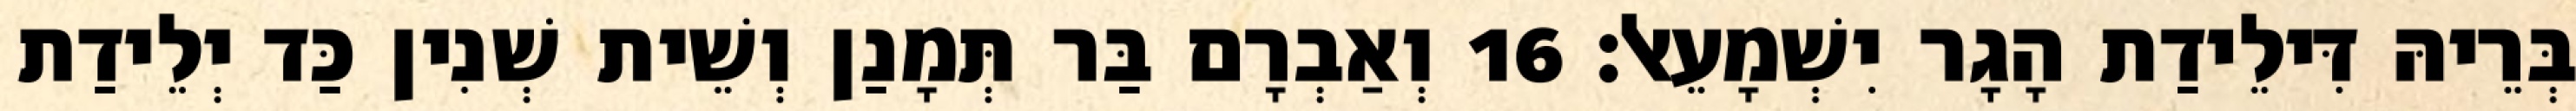
בְּרֵיהּ דִּילֵידַת הָגָר יִשְׁמָעֵאל׃ 16 וְאַבְרָם בַּר תְּמָנַן וְשֵׁית שְׁנִין כַּד יְלֵידַת